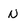
Character: N